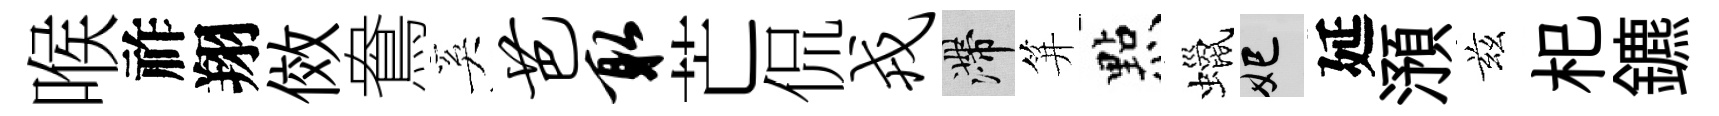
喉祚翔傚鴦奚芭取芒侃戎滯笄㸃蠟妃延澦兹𣏌鑣